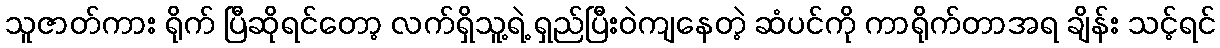
သူဇာတ်ကား ရိုက် ပြီဆိုရင်တော့ လက်ရှိသူ့ရဲ့ ရှည်ပြီးဝဲကျနေတဲ့ ဆံပင်ကို ကာရိုက်တာအရ ချိန်း သင့်ရင်